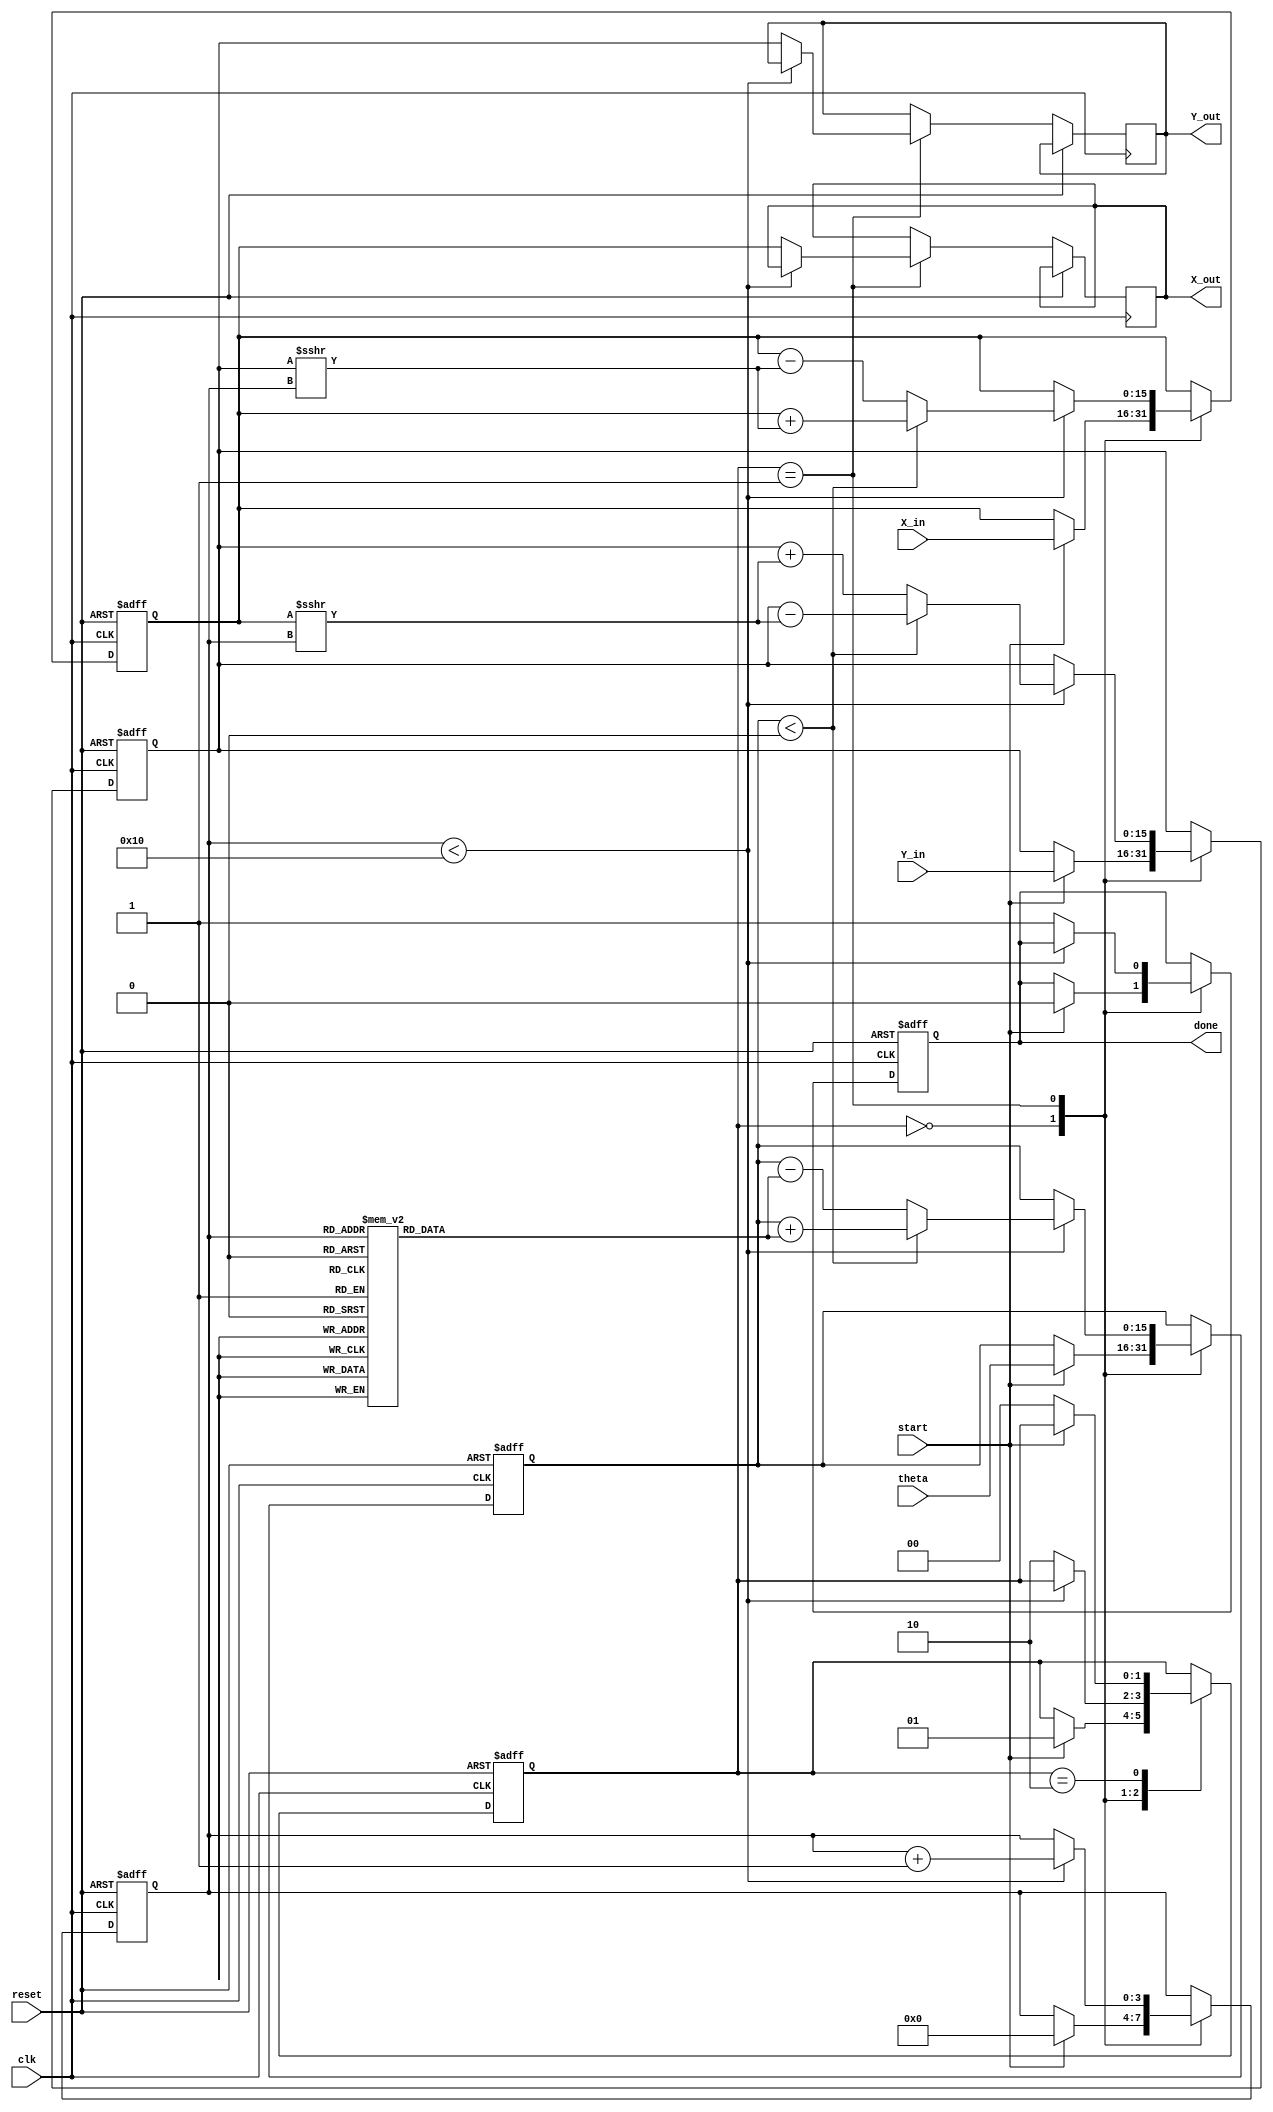
module cordic(
    input wire clk,
    input wire reset,
    input wire start,
    input wire [15:0] theta,   // Input angle in radians (fixed-point)
    input wire [15:0] X_in,    // Initial X-coordinate
    input wire [15:0] Y_in,    // Initial Y-coordinate
    output reg [15:0] X_out,    // Final X-coordinate
    output reg [15:0] Y_out,    // Final Y-coordinate
    output reg done             // Signal indicating that computation is complete
);

    // CORDIC parameters
    parameter MAX_ITERATIONS = 16;
    reg [15:0] X_reg, Y_reg;      // Registers for current X and Y
    reg [15:0] Z_reg;             // Remaining angle
    reg [3:0] iteration_count;    // Counter for iterations
    reg [15:0] angle_lut [0:15];  // Lookup table for arctangent values

    // Initialize the angle lookup table
    initial begin
        angle_lut[0] = 16'h0000;  // atan(2^0) = 0
        angle_lut[1] = 16'h3C90;  // atan(2^-1) = 45 degrees
        angle_lut[2] = 16'h3A2D;  // atan(2^-2) = 26.565 degrees
        angle_lut[3] = 16'h38E3;  // atan(2^-3) = 14.036 degrees
        angle_lut[4] = 16'h387F;  // atan(2^-4) = 7.125 degrees
        angle_lut[5] = 16'h3855;  // atan(2^-5) = 3.576 degrees
        angle_lut[6] = 16'h3842;  // atan(2^-6) = 1.789 degrees
        angle_lut[7] = 16'h3832;  // atan(2^-7) = 0.896 degrees
        angle_lut[8] = 16'h3824;  // atan(2^-8) = 0.447 degrees
        angle_lut[9] = 16'h3818;  // atan(2^-9) = 0.223 degrees
        angle_lut[10] = 16'h3810; // atan(2^-10) = 0.112 degrees
        angle_lut[11] = 16'h380B; // atan(2^-11) = 0.056 degrees
        angle_lut[12] = 16'h3807; // atan(2^-12) = 0.028 degrees
        angle_lut[13] = 16'h3804; // atan(2^-13) = 0.014 degrees
        angle_lut[14] = 16'h3802; // atan(2^-14) = 0.007 degrees
        angle_lut[15] = 16'h3801; // atan(2^-15) = 0.003 degrees
    end

    // State machine
    reg [1:0] state;
    localparam IDLE = 2'b00,
               COMPUTE = 2'b01,
               DONE = 2'b10;

    always @(posedge clk or posedge reset) begin
        if (reset) begin
            state <= IDLE;
            X_reg <= 0;
            Y_reg <= 0;
            Z_reg <= 0;
            iteration_count <= 0;
            done <= 0;
        end else begin
            case (state)
                IDLE: begin
                    if (start) begin
                        // Initialize registers
                        X_reg <= X_in;
                        Y_reg <= Y_in;
                        Z_reg <= theta; // Load input angle
                        iteration_count <= 0;
                        done <= 0;
                        state <= COMPUTE;
                    end
                end

                COMPUTE: begin
                    if (iteration_count < MAX_ITERATIONS) begin
                        // Determine direction of rotation
                        if (Z_reg < 0) begin
                            // Rotate clockwise
                            X_reg <= X_reg + (Y_reg >>> iteration_count);
                            Y_reg <= Y_reg - (X_reg >>> iteration_count);
                            Z_reg <= Z_reg + angle_lut[iteration_count];
                        end else begin
                            // Rotate counterclockwise
                            X_reg <= X_reg - (Y_reg >>> iteration_count);
                            Y_reg <= Y_reg + (X_reg >>> iteration_count);
                            Z_reg <= Z_reg - angle_lut[iteration_count];
                        end
                        // Increment iteration count
                        iteration_count <= iteration_count + 1;
                    end else begin
                        // Finished computation
                        X_out <= X_reg;
                        Y_out <= Y_reg;
                        done <= 1;
                        state <= DONE;
                    end
                end

                DONE: begin
                    // Hold final values
                    if (!start) begin
                        state <= IDLE; // Reset state on start signal low
                    end
                end
            endcase
        end
    end

endmodule